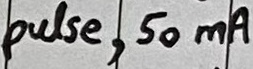
Text: pulse, 50mA